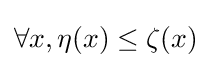
\forall x,\eta (x)\leq \zeta (x)